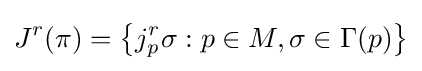
J^{r}(\pi )=\left\{j_{p}^{r}\sigma :p\in M,\sigma \in \Gamma (p)\right\}